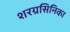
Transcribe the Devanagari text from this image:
शरग्रसिनिका